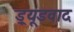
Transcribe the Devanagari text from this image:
ड्र्यूडवाद